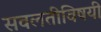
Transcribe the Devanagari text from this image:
सवलतीविषयी